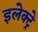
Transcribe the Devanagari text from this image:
इलेक्ट्रे